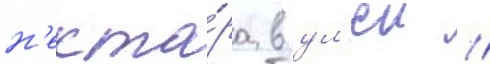
н'екта́ра в ул'еи //